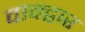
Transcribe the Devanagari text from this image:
वाक्द्वार